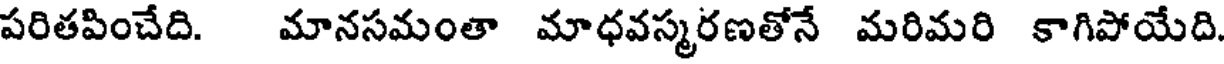
పరితపించేది. మానసమంతా మాధవస్మరణతోనే మరిమరి కాగిపోయేది.